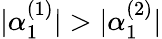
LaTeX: \lvert\alpha_{1}^{(1)}\rvert>\lvert\alpha_{1}^{(2)}\rvert